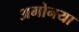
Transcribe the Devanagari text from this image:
अमोनया